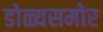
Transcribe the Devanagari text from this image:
डोळ्यसमोर